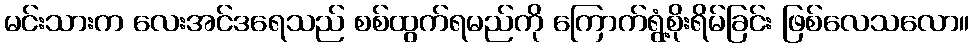
မင်းသားက လေးအင်ဒရေသည် စစ်ထွက်ရမည်ကို ကြောက်ရွံ့စိုးရိမ်ခြင်း ဖြစ်လေသလော။